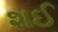
શઈ